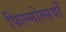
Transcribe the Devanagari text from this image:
फिल्मोत्सवों